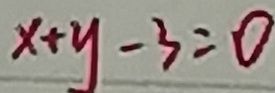
x + y - 3 = 0